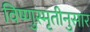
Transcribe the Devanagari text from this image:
विष्णुस्मृतीनुसार